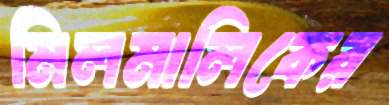
মিলমালিকের